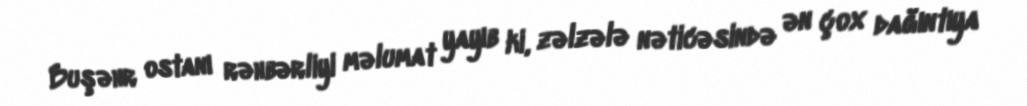
Buşəhr ostanı rəhbərliyi məlumat yayıb ki, zəlzələ nəticəsində ən çox dağıntıya